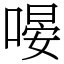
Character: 𠹵